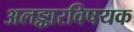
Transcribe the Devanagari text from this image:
अलङ्कारविषयक